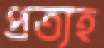
প্রত্যহ